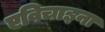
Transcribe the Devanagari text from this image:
एविचाइना